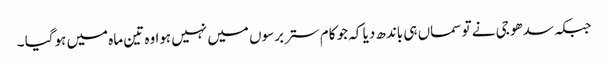
جبکہ سدھو جی نے تو سماں ہی باندھ دیا کہ جو کام ستر برسوں میں نہیں ہوا وہ تین ماہ میں ہوگیا ۔